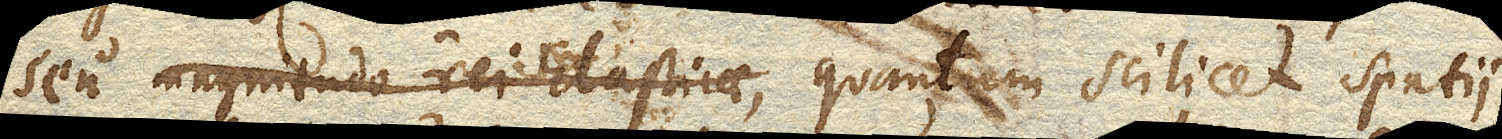
seu magnitudo rei Elasticae, quantum scilicet spatii